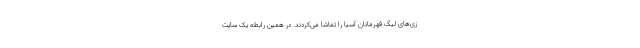
زی‌های لیگ قهرمانان آسیا را تماشا می‌کردند. در همین رابطه یک سایت